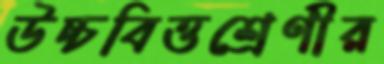
উচ্চবিত্তশ্রেণীর